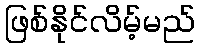
ဖြစ်နိုင်လိမ့်မည်